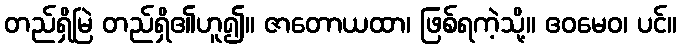
တည်ရှိမြဲ တည်ရှိ၏ဟူ၍။ ဇာတောယထာ၊ ဖြစ်ရကဲ့သို့။ ဧဝမေဝ၊ ပင်။